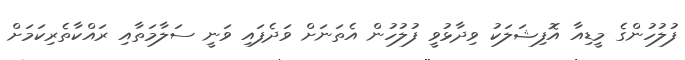
ފުލުހުންގެ މީޑިއާ އޮފިޝަލަކު ވިދާޅުވީ ފުލުހުން އެތަނަށް ވަދެފައި ވަނީ ސަލާމަތާއި ރައްކާތެރިކަމަށް